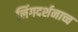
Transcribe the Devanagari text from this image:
लिंगदर्शनाच्च